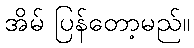
အိမ် ပြန်တော့မည်။